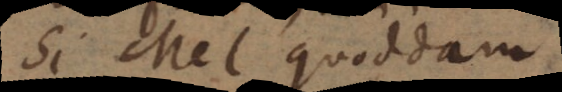
Si Mel quoddam